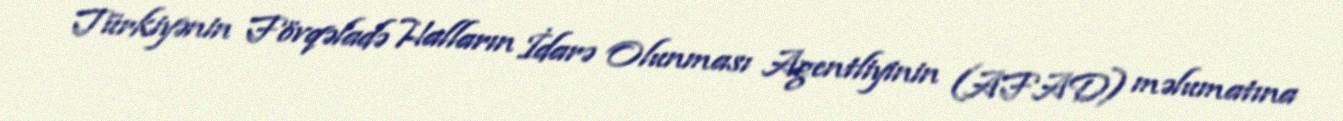
Türkiyənin Fövqəladə Halların İdarə Olunması Agentliyinin (AFAD) məlumatına